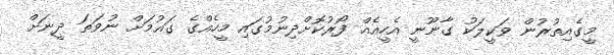
މީގެއިތުރުން ވަކީލަކު ގާނޫނީ އެހީއެއް ފޯރުކޮށްދިނުމުގައި މީހެއްގެ ގައުމަށް ނުވަތަ ދީނަށް